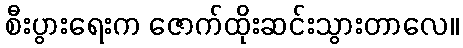
စီးပွားရေးက ဇောက်ထိုးဆင်းသွားတာလေ။